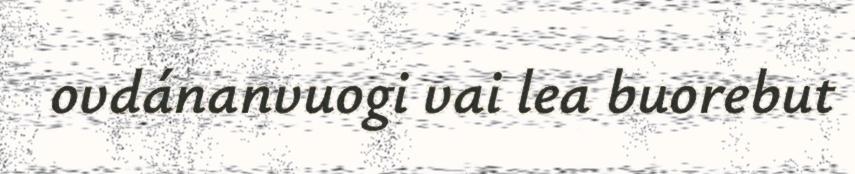
ovdánanvuogi vai lea buorebut